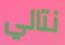
نتالي